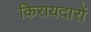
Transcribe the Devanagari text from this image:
किरायदारों